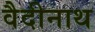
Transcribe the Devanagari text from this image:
वैदीनाथ